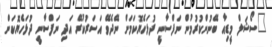
"ސޯޝަލް މީޑިއާ ބޭނުންކުރުމުން ނަފްސާނީ ދުޅަހެޔޮކަމަށް ނޭދެވޭ އަސަރުކުރޭ އަދި ނަފްސާނީ ދުޅަހެޔޮކަން